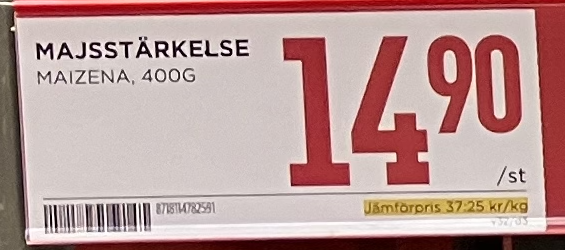
Vara: Majsstärkelse
Genomsnittspris: 37.25 per kg